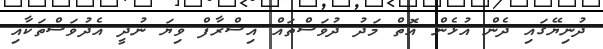
ދުނިޔޭގައި ދެން އުޅެން އޮތް މަދު ދުވަސްތައް އިސްރާފް ވިޔަ ނުދީ އެދުވަސްތަކާއި